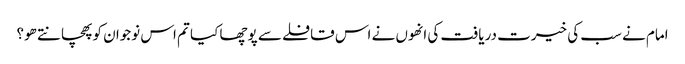
امام نے سب کی خیرت دریافت کی انھوں نے اس قافلے سے پوچھا کیا تم اس نوجوان کو پھچانتے ھو؟